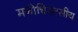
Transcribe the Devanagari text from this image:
मनोचिक्त्सीय